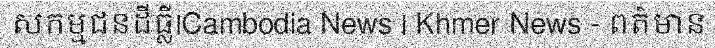
សកម្មជនដីធ្លី|Cambodia News | Khmer News - ពត៌មាន